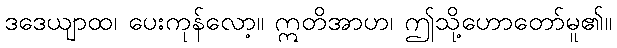
ဒဒေယျာထ၊ ပေးကုန်လော့။ ဣတိအာဟ၊ ဤသို့ဟောတော်မူ၏။